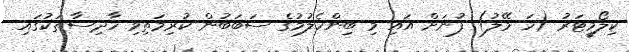
ކިލޯމީޓަރު (ހަ މޭލު) ފުނަށް އައި މި ބިންހެލުމުގެ ސަބަބުން ކުރިމަތިވި ހާދިސާތަކުގައި